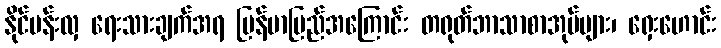
နိုင်ပန်းလှ ရေးသားချက်အရ မြန်မာပြည်အကြောင်း တရုတ်ဘာသာစာအုပ်များ၊ ရှေးဟောင်း